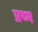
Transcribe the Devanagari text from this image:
प्रथ्म